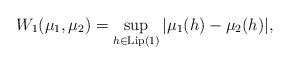
LaTeX: \begin{gather*} W_{1}(\mu_{1},\mu_{2})=\sup_{h \in \mathrm{Lip}(1)} |\mu_{1}(h)-\mu_{2}(h)|,\end{gather*}